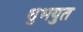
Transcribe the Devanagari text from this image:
शुभयुत